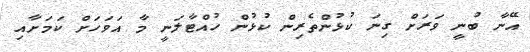
އޭނާ ބުނީ ވަރަށް ގިނަ ކުޅުންތެރިން ކުޅުން ހުއްޓާލަނީ މާ އަވަހަށް ކަމަށާއި